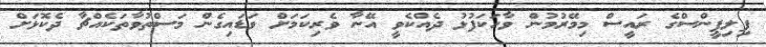
ފިލިޕީންސްގެ ރައީސް މިމޭރުމުން ވާހަކަފުޅު ދެއްކެވީ އޭނާ ވެރިކަމަށް ވަޑައިގެން މަސްތުވާތަކެއްޗާ ދެކޮޅަށް